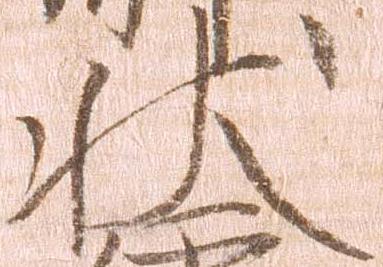
状